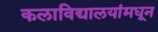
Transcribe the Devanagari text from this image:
कलाविद्यालयांमधून